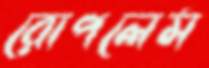
রোপলেম